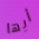
أيها